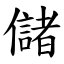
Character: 儲